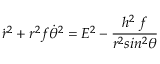
\dot { r } ^ { 2 } + r ^ { 2 } f \dot { \theta } ^ { 2 } = E ^ { 2 } - \frac { h ^ { 2 } \; f } { r ^ { 2 } s i n ^ { 2 } \theta }